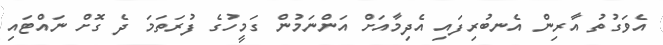
އެވަގުތު އާރިން އެނބުރިފައި އެދިމާއަށް އަންނަމުން ގަމީހުގެ ފުރަތަމަ ދެ ގޮށް ނައްޓައި